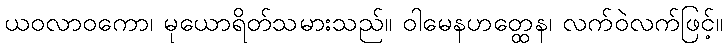
ယဝလာဝကော၊ မုယောရိတ်သမားသည်။ ဝါမေနဟတ္ထေန၊ လက်ဝဲလက်ဖြင့်။